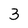
Character: 3